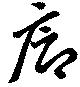
廊